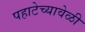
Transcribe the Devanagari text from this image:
पहाटेच्यावेळी